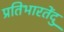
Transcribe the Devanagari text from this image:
प्रतिभारतेंदु